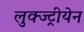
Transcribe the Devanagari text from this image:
लुक्ज्ट्रीयेन